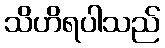
သိဟိရပါသည်